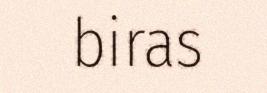
biras